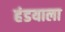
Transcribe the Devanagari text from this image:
हंडयाला